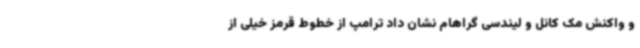
و واکنش مک کانل و لیندسی گراهام نشان داد ترامپ از خطوط قرمز خیلی از